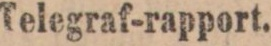
Telegraf-rapport.